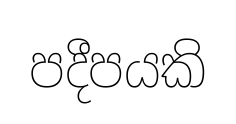
පදීපයකි